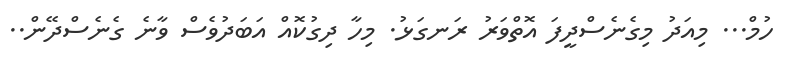
ހުމް... މިއަދު މިގެނެސްދީފަ އޮތްވަރު ރަނގަޅު. މިހާ ދިގުކޮއް އަބަދުވެސް ވާނެ ގެނެސްދޭން..